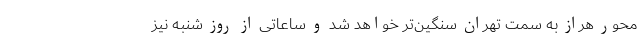
محور هراز به سمت تهران سنگین‌تر خواهد شد و ساعاتی از روز شنبه نیز